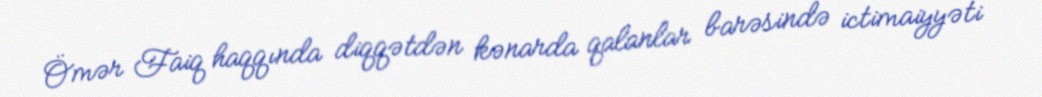
Ömər Faiq haqqında diqqətdən kənarda qalanlar barəsində ictimaiyyəti